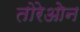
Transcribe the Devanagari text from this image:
तोरेओन